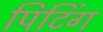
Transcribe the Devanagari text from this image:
पिटिंग